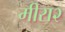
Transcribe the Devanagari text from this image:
मीरा२